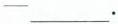
-—___.